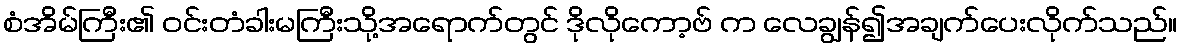
စံအိမ်ကြီး၏ ဝင်းတံခါးမကြီးသို့အရောက်တွင် ဒိုလိုကော့ဗ် က လေချွန်၍အချက်ပေးလိုက်သည်။